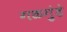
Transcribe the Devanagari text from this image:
गळगुंडे